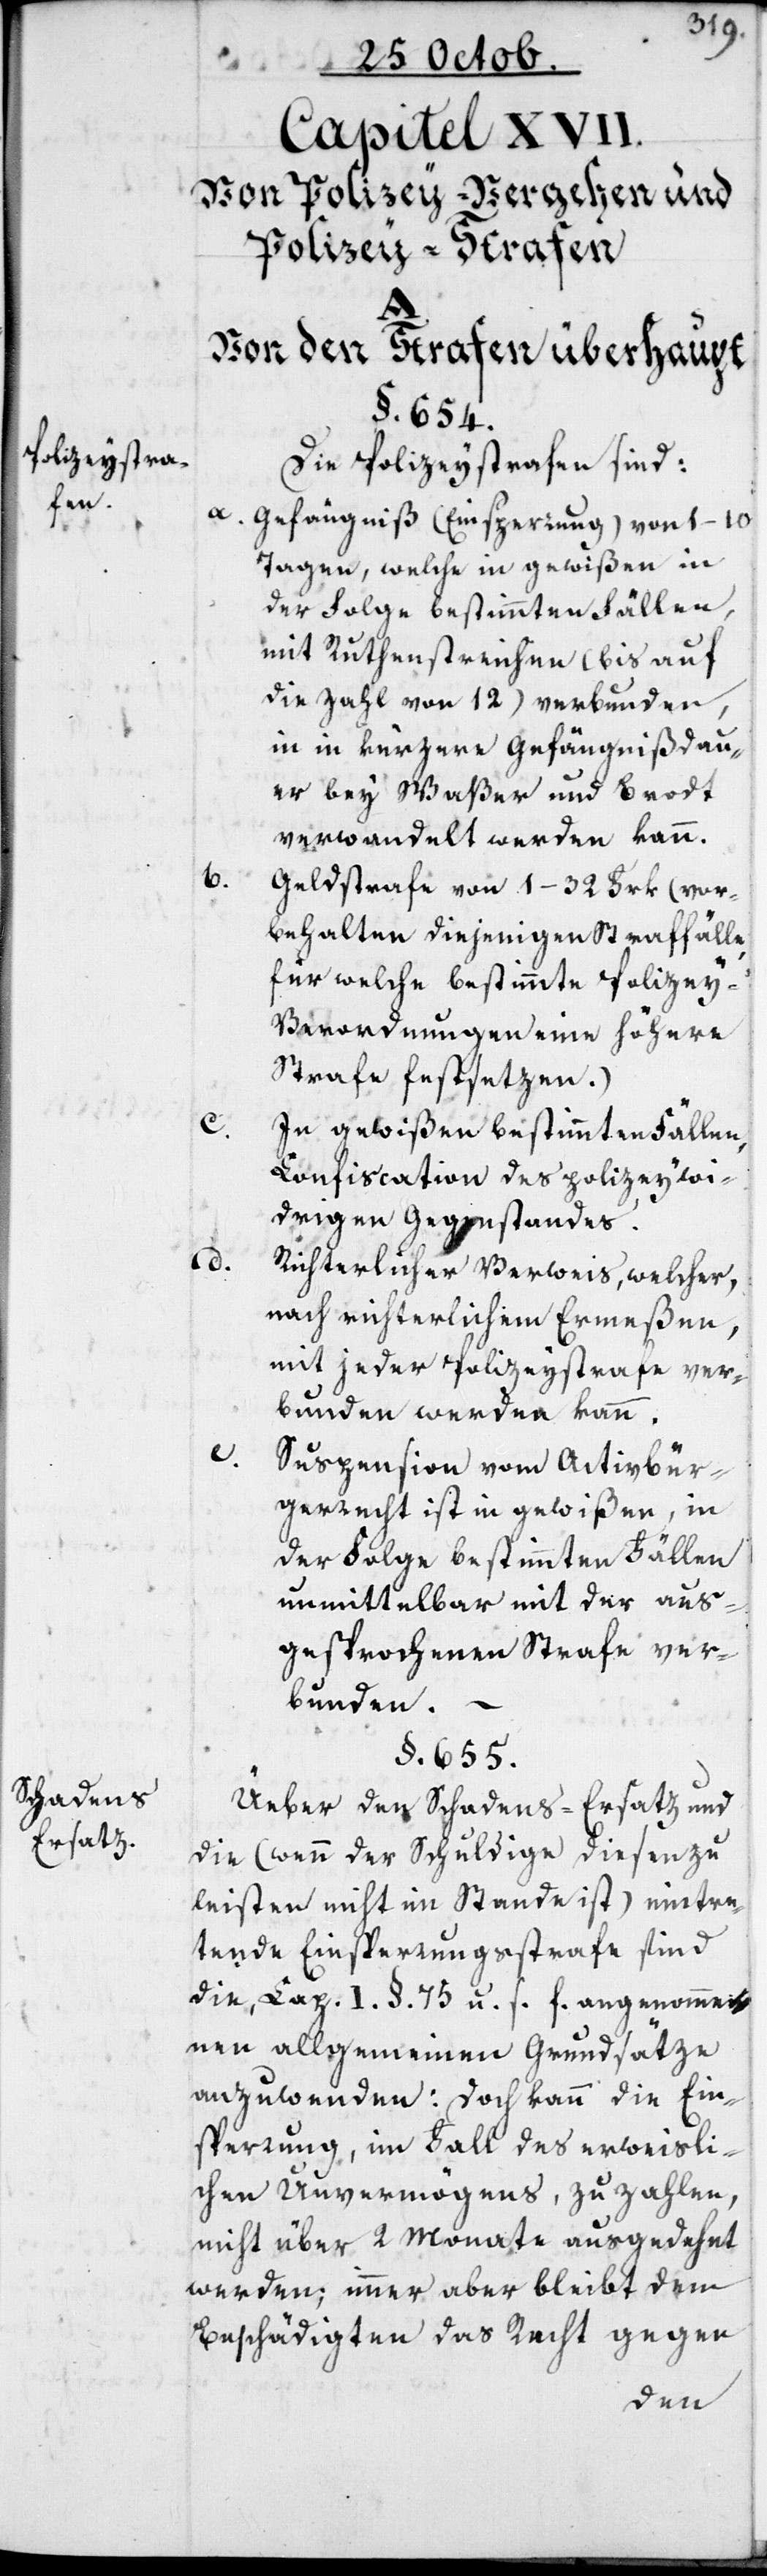
Polizeystra¬
fen.

Schadens-E¬
rsatz.

Capitel XVII.
Von Polizey-Vergehen und
Polizey-Strafen
Von den Strafen überhaupt
§. 654.
Die Polizeystrafen sind:
a. Gefängniß (Einsperrung) von 1–10
Tagen, welche in gewißen in
der Folge bestimmten Fällen
mit Ruthenstreichen (bis auf
die Zahl von 12) verbunden,
in kürzere Gefängnißdau¬
er bey Waßer und Brodt
verwandelt werden kann.
Geldstrafe von 1–32 Frk. (vor¬
behalten diejenigen Straffälle,
für welche bestimmte Polizey-V¬
erordnungen eine höhere
Strafe festsetzen).
c.
In gewißen bestimmten Fällen,
Confiscation des polizeywid¬
rigen Gegenstandes.
d.
Richterlicher Verweis, welcher
nach richterlichem Ermeßen,
mit jeder Polizeystrafe ver¬
bunden werden kann.
e.
Suspension vom Activbür¬
gerrecht ist in gewißen, in
der Folge bestimmten Fällen
unmittelbar mit der aus¬
gesprochenen Strafe ver¬
bunden.
§. 655.
Über den Schadens-Ersatz und
die (wenn der Schuldige diesen zu
leisten nicht im Stande ist) eintre¬
tende Einsperrungsstrafe sind
die, Cap. I. §. 75. u. s. f. angenomme¬
nen allgemeinen Grundsätze
anzuwenden: Doch kann die Ein¬
sperrung, im Fall des erweisli¬
chen Unvermögens, zu zahlen,
nicht über 2 Monate ausgedehnt
werden; immer aber bleibt dem
Beschädigten das Recht gegen